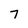
Character: 7